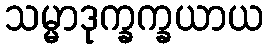
သမ္မာဒုက္ခက္ခယာယ